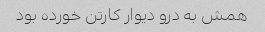
همش به درو دیوار کارتن خورده بود